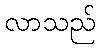
လာသည်